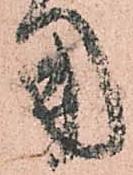
用